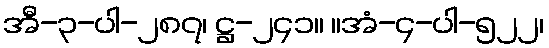
အီ-၃-ပါ-၂၈၇၊ ဋ္ဌ-၂၄၁။ ။အံ-၄-ပါ-၅၂၂၊